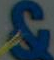
&